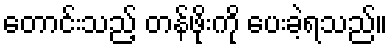
တောင်းသည့် တန်ဖိုးကို ပေးခဲ့ရသည်။